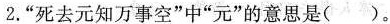
2.”死去元知万事空”中”元”的意思是( )。-